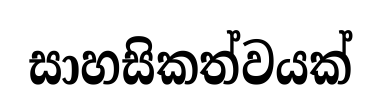
සාහසිකත්වයක්